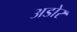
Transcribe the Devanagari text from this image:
अडोर